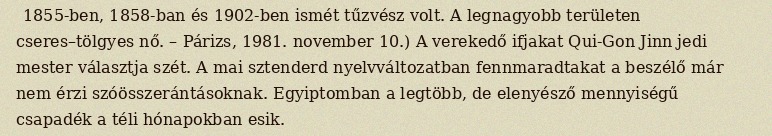
1855-ben, 1858-ban és 1902-ben ismét tűzvész volt. A legnagyobb területen cseres–tölgyes nő. – Párizs, 1981. november 10.) A verekedő ifjakat Qui-Gon Jinn jedi mester választja szét. A mai sztenderd nyelvváltozatban fennmaradtakat a beszélő már nem érzi szóösszerántásoknak. Egyiptomban a legtöbb, de elenyésző mennyiségű csapadék a téli hónapokban esik.